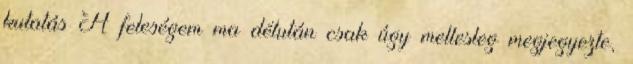
kutatás A feleségem ma délután csak úgy mellesleg megjegyezte,